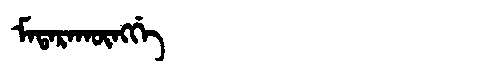
Manchu: ᠮᠠᡨᠠᡵᠠᡴᡡᠩᡤᡝ
Romanization: MATARAKŪNGGE